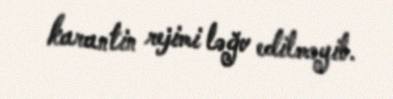
karantin rejimi ləğv edilməyib.